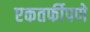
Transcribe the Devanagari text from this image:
एकतर्फीपणे